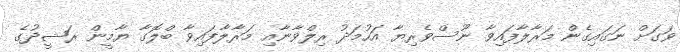
ވަގަށް ނަގައިގެން މަރާލާފައިވާ ނޫސްވެރިޔާ އަހުމަދު ރިލްވާނާއި މަރާލާފައިވާ ބްލޮގާ ޔާމީން ރަޝީދުގެ